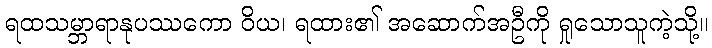
ရထသမ္ဘာရာနုပဿကော ဝိယ၊ ရထား၏ အဆောက်အဦကို ရှုသောသူကဲ့သို့။